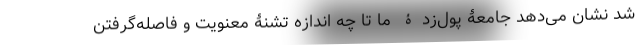
شد نشان می‌دهد جامعۀ پول‌زدۀ ما تا چه اندازه تشنۀ معنویت و فاصله‌گرفتن